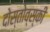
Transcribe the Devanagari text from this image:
दोस्तोव्स्की